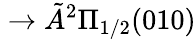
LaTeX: {}\rightarrow\tilde{A}{}^{2}\Pi_{1/2}(010)